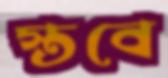
স্তবে